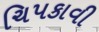
ચિપકાવી